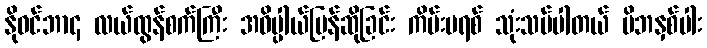
နိုဝင်ဘာ၄ လယ်ထွန်စက်ကြီး အဓိပ္ပါယ်ပြန်ဆိုခြင်း ကိမ်းဗရစ် သုံးသပ်ပါတယ် မိဘနှစ်ပါး